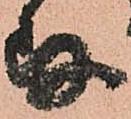
存